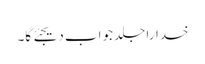
خدارا جلد جواب دیجئے گا۔